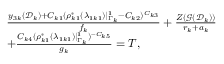
\begin{array} { r l } & { \frac { y _ { 3 k } ( \mathcal D _ { k } ) + C _ { k 1 } ( \rho _ { k 1 } ^ { * } ( \lambda _ { 1 k 1 } ) | _ { \Gamma _ { k } } ^ { 1 } - C _ { k 2 } ) ^ { C _ { k 3 } } } { f _ { k } } + \frac { Z ( \mathcal G ( \mathcal D _ { k } ) ) } { r _ { k } + a _ { k } } } \\ & { + \frac { C _ { k 4 } ( \rho _ { k 1 } ^ { * } ( \lambda _ { 1 k 1 } ) | _ { \Gamma _ { k } } ^ { 1 } ) ^ { - C _ { k 5 } } } { g _ { k } } = T , } \end{array}